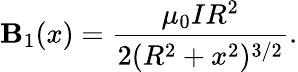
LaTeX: \mathbf{B}_{1}(x)={\frac{{\mu_{0}IR^{2}}}{{2(R^{2}+x^{2})^{3/2}}}}.